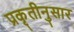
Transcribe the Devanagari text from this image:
प्रकृतीनुसार